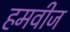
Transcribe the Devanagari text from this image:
हमवीज